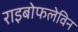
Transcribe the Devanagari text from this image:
राइबोफलेविन